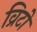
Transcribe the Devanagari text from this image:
व्रिटो